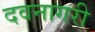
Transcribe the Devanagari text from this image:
दवनागरी